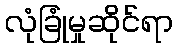
လုံခြုံမှုဆိုင်ရာ